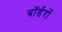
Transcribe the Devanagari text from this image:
बॉर्डरों